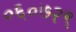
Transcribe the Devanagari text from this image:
०६०७२९